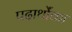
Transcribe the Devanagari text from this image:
पदार्थोंका